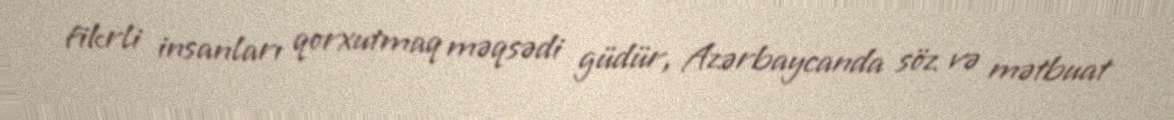
fikrli insanları qorxutmaq məqsədi güdür, Azərbaycanda söz və mətbuat